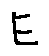
E